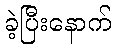
ခဲ့ပြီးနောက်